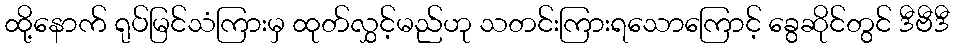
ထို့နောက် ရုပ်မြင်သံကြားမှ ထုတ်လွှင့်မည်ဟု သတင်းကြားရသောကြောင့် ခွေဆိုင်တွင် ဒီဗီဒီ